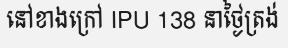
នៅខាងក្រៅ IPU 138 នាថ្ងៃត្រង់